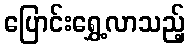
ပြောင်းရွှေ့လာသည့်